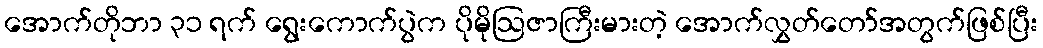
အောက်တိုဘာ ၃၁ ရက် ရွေးကောက်ပွဲက ပိုမိုဩဇာကြီးမားတဲ့ အောက်လွှတ်တော်အတွက်ဖြစ်ပြီး